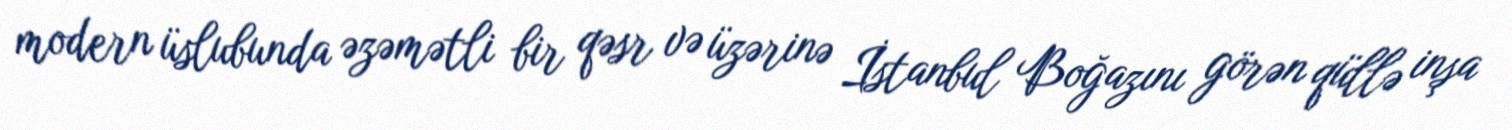
modern üslubunda əzəmətli bir qəsr və üzərinə İstanbul Boğazını görən qüllə inşa